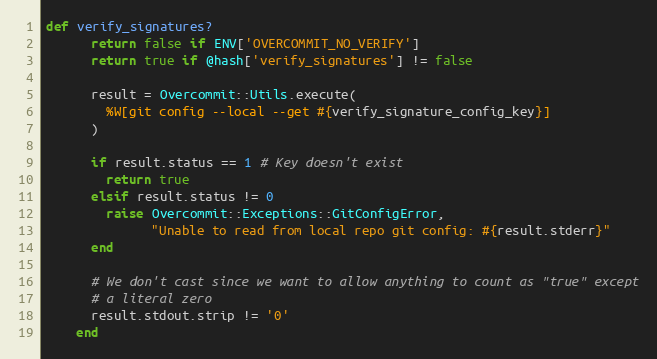
Language: Ruby
def verify_signatures?
      return false if ENV['OVERCOMMIT_NO_VERIFY']
      return true if @hash['verify_signatures'] != false

      result = Overcommit::Utils.execute(
        %W[git config --local --get #{verify_signature_config_key}]
      )

      if result.status == 1 # Key doesn't exist
        return true
      elsif result.status != 0
        raise Overcommit::Exceptions::GitConfigError,
              "Unable to read from local repo git config: #{result.stderr}"
      end

      # We don't cast since we want to allow anything to count as "true" except
      # a literal zero
      result.stdout.strip != '0'
    end